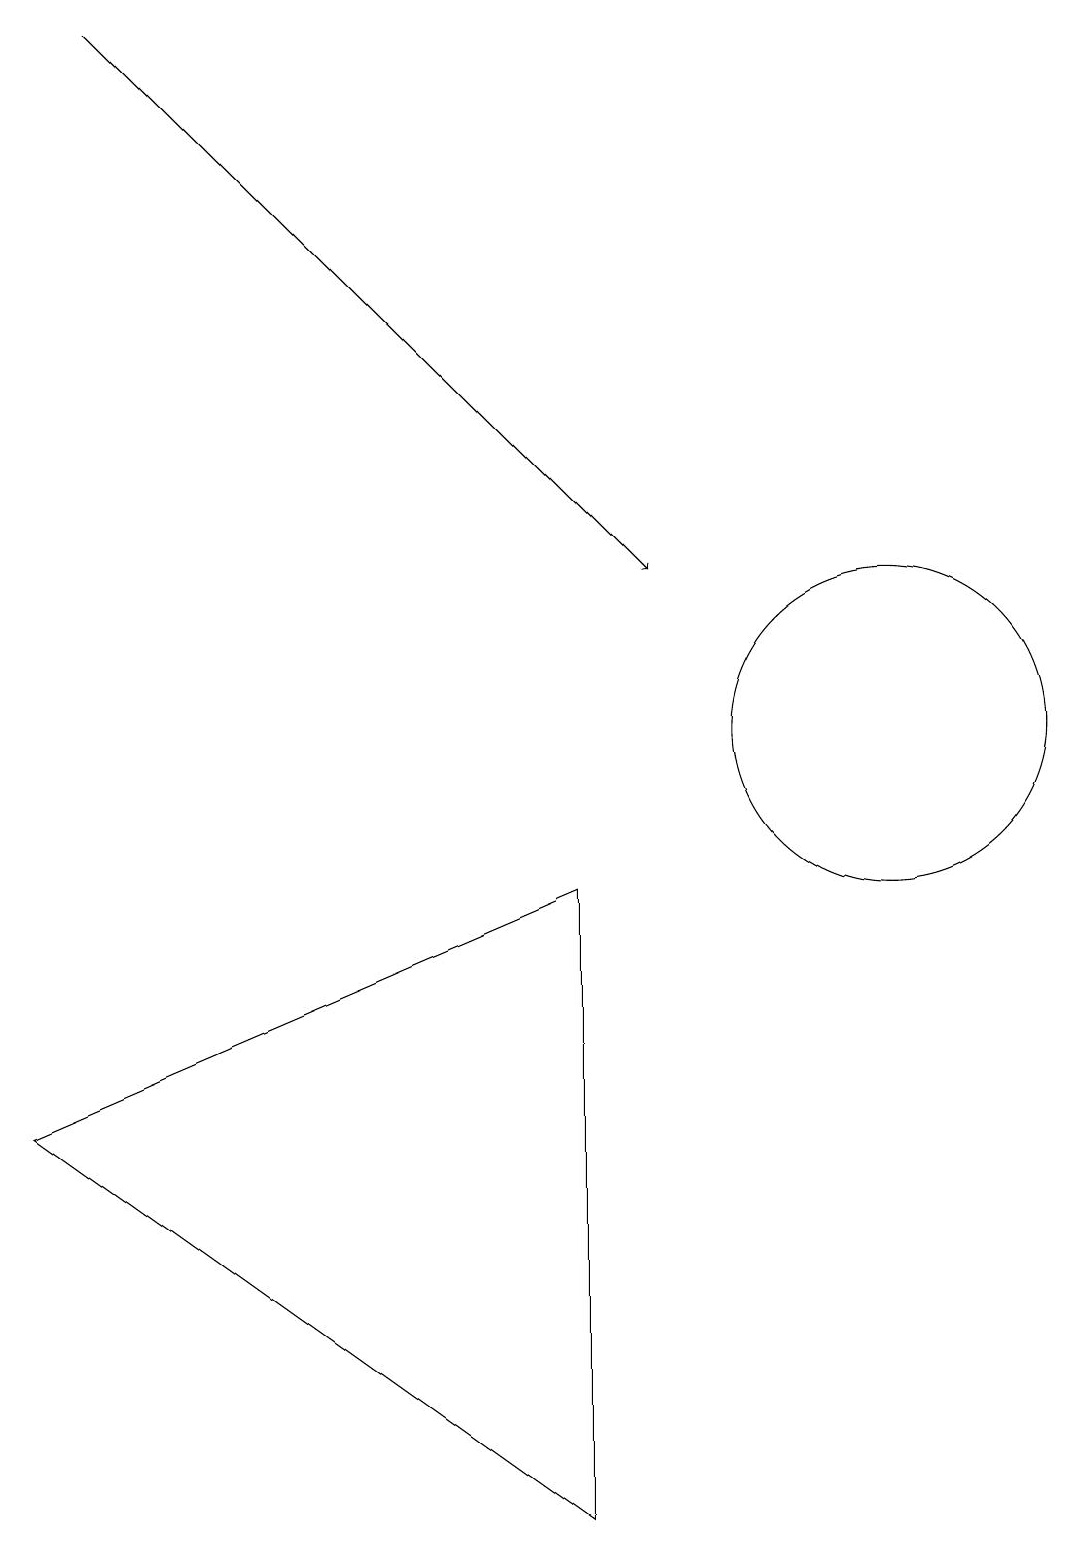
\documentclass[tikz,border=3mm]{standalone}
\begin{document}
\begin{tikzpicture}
\draw[->] (1,19) -- (8,12);
\draw (11,12) circle (0);
\draw (10,11) circle (0);
\draw (11,10) circle (2);
\draw (7,8) -- (0,5) -- (7,0) -- cycle;
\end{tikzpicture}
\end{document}